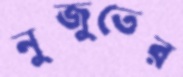
নুজুতের